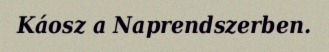
Káosz a Naprendszerben.